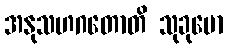
အနုသဟဂတောတိ သုခုမော